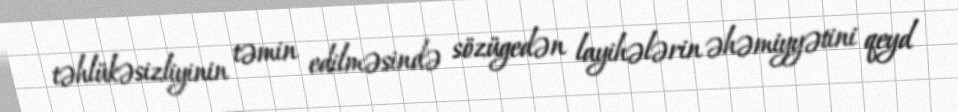
təhlükəsizliyinin təmin edilməsində sözügedən layihələrin əhəmiyyətini qeyd